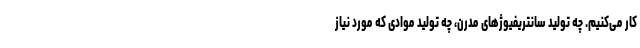
کار می‌کنیم. چه تولید سانتریفیوژهای مدرن، چه تولید موادی که مورد نیاز